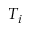
T _ { i }